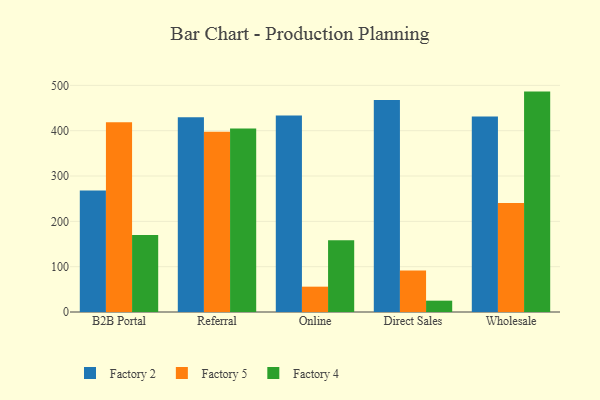
{"axis": {"x": "Channel", "y": "Production Output"}, "legend": ["Factory 2", "Factory 4", "Factory 5"], "data": [{"x": "B2B Portal", "y": 267.9, "type": "Factory 2"}, {"x": "B2B Portal", "y": 418.9, "type": "Factory 5"}, {"x": "B2B Portal", "y": 169.8, "type": "Factory 4"}, {"x": "Referral", "y": 429.6, "type": "Factory 2"}, {"x": "Referral", "y": 397.5, "type": "Factory 5"}, {"x": "Referral", "y": 404.9, "type": "Factory 4"}, {"x": "Online", "y": 433.3, "type": "Factory 2"}, {"x": "Online", "y": 55.9, "type": "Factory 5"}, {"x": "Online", "y": 158.3, "type": "Factory 4"}, {"x": "Direct Sales", "y": 467.5, "type": "Factory 2"}, {"x": "Direct Sales", "y": 91.5, "type": "Factory 5"}, {"x": "Direct Sales", "y": 25.0, "type": "Factory 4"}, {"x": "Wholesale", "y": 431.2, "type": "Factory 2"}, {"x": "Wholesale", "y": 240.3, "type": "Factory 5"}, {"x": "Wholesale", "y": 486.3, "type": "Factory 4"}]}